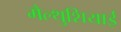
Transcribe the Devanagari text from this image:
मैल्थुशियाई